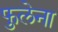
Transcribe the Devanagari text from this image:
फुलेना